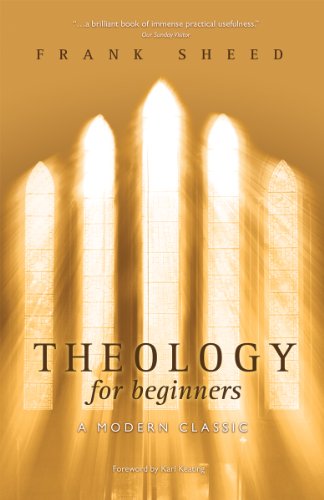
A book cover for Theology for Beginners; F. J. Sheed; Christian Books & Bibles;